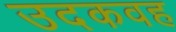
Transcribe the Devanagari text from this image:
उदकवह